Report on vaccination in the Province of Bengal - 1874-1889
Year: 1874
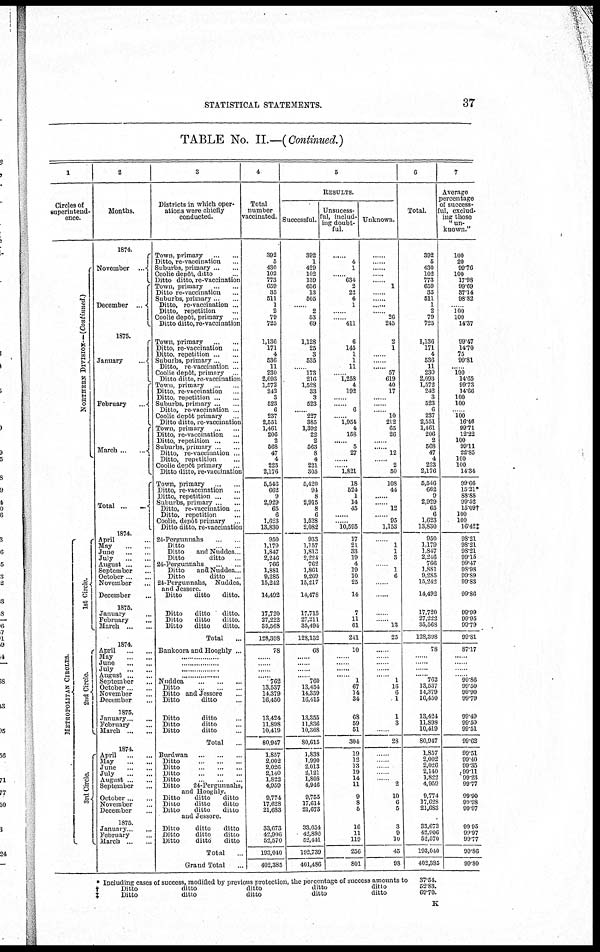
STATISTICAL STATEMENTS.
37
TABLE No. II.—(Continued.)
1
Circles of
superintend-
ence.
NORTHERN DIVISION— (Continued.)
METROPOLITAN CIRCLES.
1st Circle.
2nd Circle.
3rd Circle.
2
Months.
1874.
November
...
December
...
1875.
January
...
February ...
March
...
...
Total ...
1874.
April ... ...
May ... ...
June
...
...
July
...
...
August ... ...
September ...
October ...
November ...
December...
1875.
January ...
February ... ...
March ... ...
1874.
April
...
...
May
...
...
June
...
...
July
...
...
August ... ...
September
...
October ... ...
November ...
December ...
1875.
January ... ...
February ... ...
March ... ...
1874.
April
...
...
May
...
...
June
...
...
July
...
...
August ... ...
September ...
October ... ...
November ...
December ...
1875.
January ... ...
February ... ...
March ... ...
3
Districts in which oper-
ations were chiefly
conducted.
Town, primary
...
...
Ditto, re-vaccination ...
Suburbs, primary ... ...
Coohe depôt, ditto ...
Ditto ditto, re-vaccination
Town, primary ... ...
Ditto re-vaccination ...
Suburbs, primary ...
Ditto, re-vaccination ...
Ditto, repetition ...
Coolie depôt, primary ...
Ditto ditto, re-vaccination
Town, primary
...
...
Ditto, re-vaccination ...
Ditto, repetition ... ...
Suburbs, primary ... ...
Ditto, re vaccination ...
Coolie depôt, primary ...
Ditto ditto, re-vaccination
Town, primary
...
...
Ditto, re-vaccination ...
Ditto, repetition ... ...
Suburbs, primary ... ...
Ditto, re-vaccination ...
Coolie depôt primary ...
Ditto ditto, re-vaccination
Town, primary
...
...
Ditto, re-vaccination ...
Ditto, repetition ... ...
Suburbs, primary ... ...
Ditto, re-vaccination ... ...
Ditto, repetition ...
Coolie depôt primary ...
Ditto ditto, re-vaccination
Town, primary ... ...
Ditto, re-vaccination ...
Ditto, repetition ... ...
Suburbs, primary ... ...
Ditto, re-vaccination ...
Ditto, repetition ...
Coolie, depôt primary ...
Ditto ditto, re-vaccination
24-Pergunnahs
...
...
Ditto ... ...
Ditto
and Nuddea .
Ditto
ditto ...
24-Pergunnahs
...
...
Ditto
and Nuddea ...
Ditto
ditto ...
24-Pergunnahs, Nuddea,
and Jessore.
Ditto
ditto
ditto.
Ditto
ditto
ditto.
Ditto
ditto
ditto.
Ditto
ditto
ditto.
Total ...
Bankoora and Hooghly ...
...............
...............
...............
...............
Nuddea
...
...
...
Ditto
...
...
...
Ditto and Jessore ...
Ditto
ditto ...
Ditto
ditto ...
Ditto
ditto ...
Ditto
ditto ...
Total ...
Burdwan ... ... ...
Ditto
...
...
...
Ditto
...
...
...
Ditto
...
...
...
Ditto
...
...
...
Ditto
24-Pergunnahs,
and Hooghly.
Ditto
ditto
ditto
Ditto
ditto
ditto
Ditto
ditto
ditto
and Jessore.
Ditto
ditto
ditto
Ditto
ditto
ditto
Ditto
ditto
ditto
Total ...
Grand Total ...
4
Total
number
vaccinated.
392
5
430
102
773
659
35
511
1
2
79
725
1,136
171
4
536
11
230
2,093
1,572
242
3
523
6
237
2,551
1,461
206
2
568
47
4
223
2,176
5,546
662
9
2,929
65
6
1,623
13,830
950
1,179
1,847
2,246
766
1,881
9,285
15,242
14,492
17,720
27,222
35,568
128,398
78
......
......
......
......
762
13,537
14,379
16,450
13,424
11,898
10,419
80,947
1,857
2,002
2,026
2,140
1,822
4,959
9,774
17,628
21,683
33,673
42,906
52,570
193,040
402,385
5
RESULTS.
Successful.
392
1
429
102
139
656
13
505
......
2
53
69
1,128
25
3
535
......
173
216
1,528
33
3
523
......
227
385
1,392
22
2
563
8
4
221
305
5,420
94
8
2,915
8
6
1,528
2,082
933
1,157
1,813
2,224
762
1,861
9,269
15,217
14,478
17,713
27,211
35,494
128,132
68
......
......
......
......
760
13,454
14,359
16,415
13,355
11,836
10,368
80,615
1,838
1,990
2,013
2,121
1,808
4,946
9,755
17,614
21,673
33,654
42,886
52,441
192,739
401,486
Unsucess-
ful, includ-
ing doubt-
ful.
......
4
1
......
634
2
22
6
1
......
......
411
6
145
1
1
11
......
1,258
4
192
......
......
6
......
1,954
4
158
......
5
27
......
......
1,821
18
524
1
14
45
......
......
10,595
17
21
33
19
4
19
10
25
14
7
11
61
241
10
......
......
......
......
1
67
14
34
68
59
51
304
19
12
13
19
14
11
9
8
5
16
11
119
256
801
Unknown.
......
......
......
......
......
1
......
......
......
......
26
245
2
1
......
......
......
57
619
40
17
......
......
......
10
212
65
26
......
......
12
......
2
50
108
44
......
......
12
......
95
1,153
......
1
1
3
......
1
6
......
.....
...... ......
13
25
...
......
......
......
......
1
16
6
1
1
3
...
28
......
......
......
......
......
2
10
6
5
3
9
10
45
98
6
Total.
392
5
430
102
773
659
35
511
1
2
79
725
1,136
171
4
536
11
230
2,093
1,572
242
3
523
6
237
2,551
1,461
206
2
568
47
4
223
2,176
5,546
662
9
2,929
65
6
1,623
13,830
950
1,179
1,847
2,246
766
1,881
9,285
15,242
14,492
17,720
27,222
35,568
128,398
78
......
......
......
......
762
13,537
14,379
16,450
13,424
11,898
10,419
80,947
1,857
2,002
2,026
2,140
1,822
4,959
9,774
17,628
21,683
33,673
42,906
52,570
193,040
402,385
7
Average
percentage
of success-
ful, exclud-
ing those
"un-
known."
100
20
99.76
100
17.98
99.69
37.14
98.82
......
100
100
14.37
99.47
14.70
75
99.81
......
100
14.65
99.73
14.66
100
100
......
100
16.46
99.71
12.22
100
99.11
22.85
100
100
14.34
99.66
15.21*
88.88
99.52
15.09†
100
100
16.42‡
98.21
98.21
98.21
99.15
99.47
98.98
99.89
99.83
99.86
99.99
99.95
99.79
99.81
87.17
......
......
......
......
99.86
99.50
99.90
99.79
99.49
99.50
99.51
99.62
99.51
99.40
99.35
99.11
99.23
99.77
99.90
91.98
99.97
99.95
99.97
99.77
99.86
99.80
* Including cases of success, modified by previous protection, the percentage of success amounts to
† Ditto ditto ditto ditto ditto
‡
Ditto
ditto
ditto
ditto
ditto
37.54.
52.83.
69.70.
K